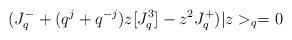
LaTeX: \begin{align*}(J^-_q+(q^j+q^{-j})z[J^3_q]-z^2J^+_q)|z>_q=0 \,\end{align*}